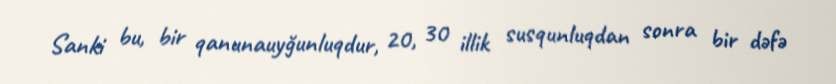
Sanki bu, bir qanunauyğunluqdur, 20, 30 illik susqunluqdan sonra bir dəfə